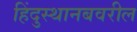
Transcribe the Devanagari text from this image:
हिंदुस्थानबवरील